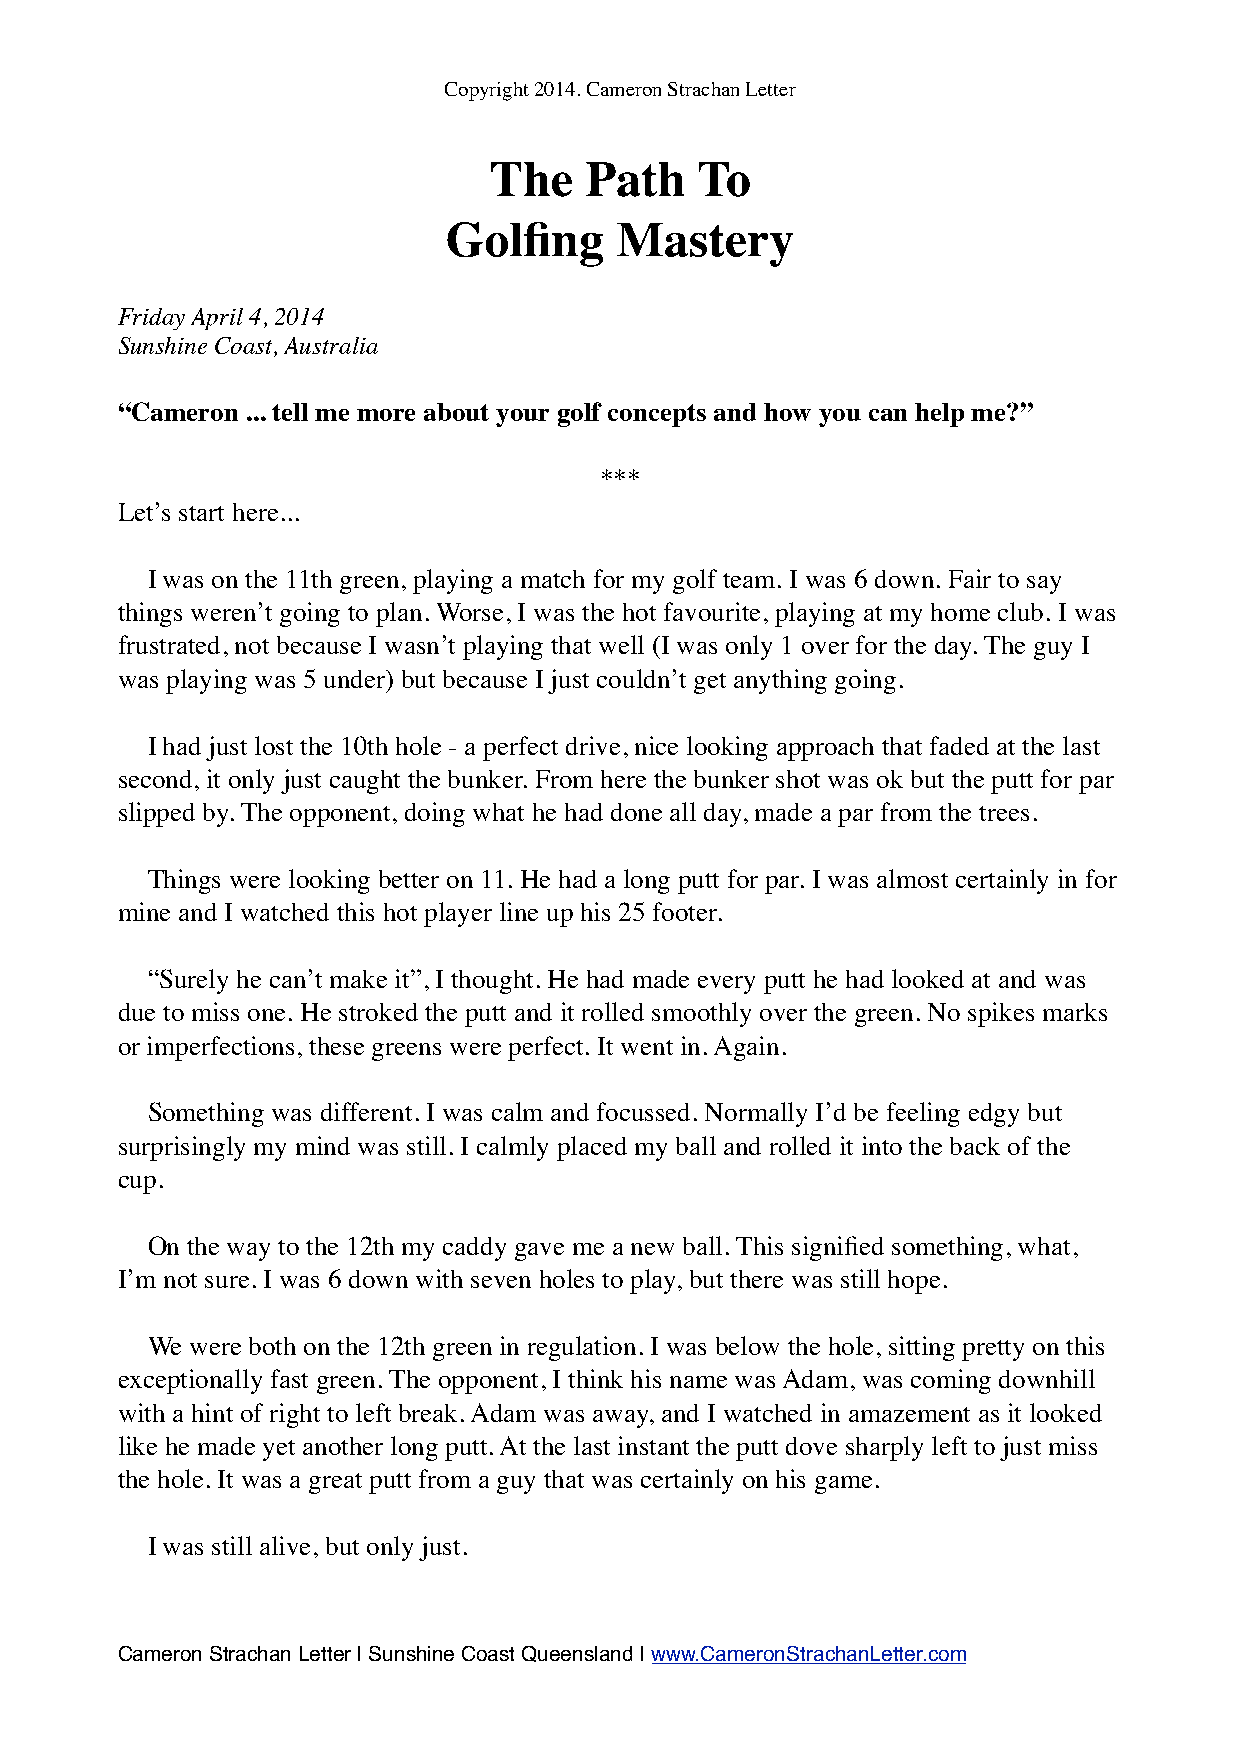
Copyright 2014. Cameron Strachan Letter
 The    Path   To
 Golfing     Mastery
 Friday April 4, 2014
 Sunshine Coast, Australia
 “Cameron ... tell me more about your golf concepts and how you can help me?”
 ***
 Let’s start here...
 I was on the 11th green, playing a match for my golf team. I was 6 down. Fair to say
 things weren’t going to plan. Worse, I was the hot favourite, playing at my home club. I was
 frustrated, not because I wasn’t playing that well (I was only 1 over for the day. The guy I
 was playing was 5 under) but because I just couldn’t get anything going.
 I had just lost the 10th hole - a perfect drive, nice looking approach that faded at the last
 second, it only just caught the bunker. From here the bunker shot was ok but the putt for par
 slipped by. The opponent, doing what he had done all day, made a par from the trees.
 Things were looking better on 11. He had a long putt for par. I was almost certainly in for
 mine and I watched this hot player line up his 25 footer.
 “Surely he can’t make it”, I thought. He had made every putt he had looked at and was
 due to miss one. He stroked the putt and it rolled smoothly over the green. No spikes marks
 or imperfections, these greens were perfect. It went in. Again.
 Something was different. I was calm and focussed. Normally I’d be feeling edgy but
 surprisingly my mind was still. I calmly placed my ball and rolled it into the back of the
 cup.
 On the way to the 12th my caddy gave me a new ball. This signified something, what,
 I’m not sure. I was 6 down with seven holes to play, but there was still hope.
 We were both on the 12th green in regulation. I was below the hole, sitting pretty on this
 exceptionally fast green. The opponent, I think his name was Adam, was coming downhill
 with a hint of right to left break. Adam was away, and I watched in amazement as it looked
 like he made yet another long putt. At the last instant the putt dove sharply left to just miss
 the hole. It was a great putt from a guy that was certainly on his game.
 I was still alive, but only just.
 Cameron Strachan Letter | Sunshine Coast Queensland | www.CameronStrachanLetter.com